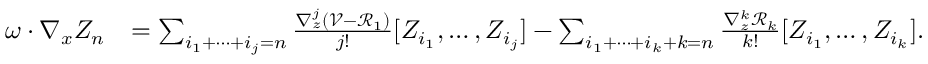
\begin{array} { r l } { \omega \cdot \nabla _ { x } Z _ { n } } & { = \sum _ { i _ { 1 } + \cdots + i _ { j } = n } \frac { \nabla _ { z } ^ { j } ( \mathcal { V } - \mathcal { R } _ { 1 } ) } { j ! } [ Z _ { i _ { 1 } } , \ldots , Z _ { i _ { j } } ] - \sum _ { i _ { 1 } + \cdots + i _ { k } + k = n } \frac { \nabla _ { z } ^ { k } \mathcal { R } _ { k } } { k ! } [ Z _ { i _ { 1 } } , \ldots , Z _ { i _ { k } } ] . } \end{array}